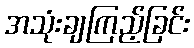
အသုံးချကြည့်ခြင်း